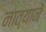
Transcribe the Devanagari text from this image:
नात्यानें